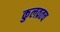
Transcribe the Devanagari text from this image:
कुलव्रतच